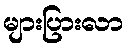
များပြားလာ